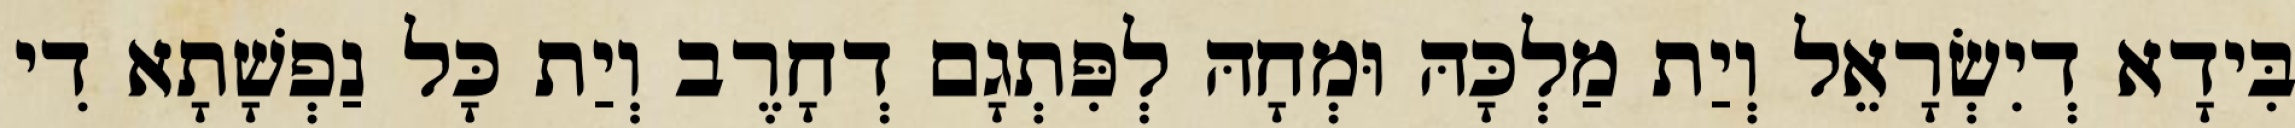
בִּידָא דְיִשְׂרָאֵל וְיַת מַלְכָּהּ וּמְחָהּ לְפִּתְגָם דְחָרֶב וְיַת כָּל נַפְשָׁתָא דִי